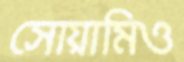
সোয়ামিও